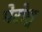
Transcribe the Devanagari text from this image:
मेरोश्च